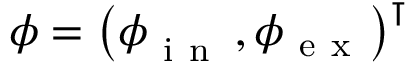
\boldsymbol \phi = \big ( \boldsymbol \phi { } _ { \mathrm { ~ i ~ n ~ } } ^ { } \, , \boldsymbol \phi { } _ { \mathrm { ~ e ~ x ~ } } ^ { } \big ) ^ { \intercal }